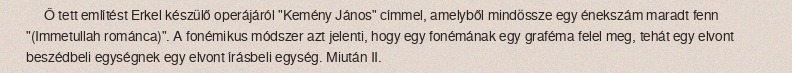
Ő tett említést Erkel készülő operájáról "Kemény János" címmel, amelyből mindössze egy énekszám maradt fenn "(Immetullah románca)". A fonémikus módszer azt jelenti, hogy egy fonémának egy graféma felel meg, tehát egy elvont beszédbeli egységnek egy elvont írásbeli egység. Miután II.